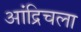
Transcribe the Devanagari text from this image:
आंद्रिचला